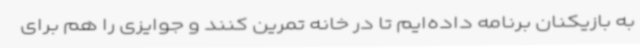
به بازیکنان برنامه داده‌ایم تا در خانه تمرین کنند و جوایزی را هم برای